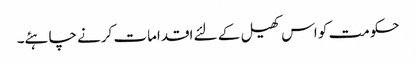
حکومت کو اس کھیل کے لئے اقدامات کرنے چاہئے۔